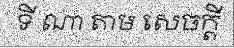
ទី ណា តាម សេចក្តី